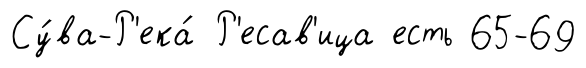
Су́ва-Р'ека́ Р'есав'ица есть 65-69